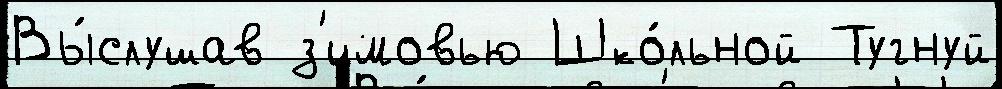
Вы́слушав з'имовью Шко́льной Тугнуй